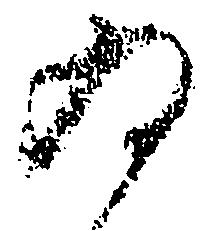
為